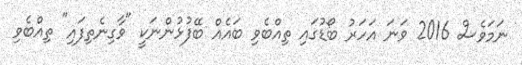
ނަމަވެސް 2016 ވަނަ އަހަރު ބޯޑުގައި ތިއްބެވި ބައެއް ބޭފުޅުންނަކީ "ވާގިނެތިފައި" ތިއްބެވި